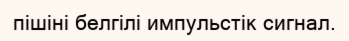
пішіні белгілі импульстік сигнал.